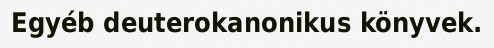
Egyéb deuterokanonikus könyvek.